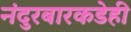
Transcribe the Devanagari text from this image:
नंदुरबारकडेही